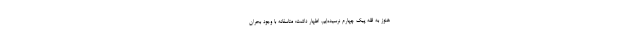
هنوز به قله پیک چهارم نرسیده‌ایم، اظهار داشت: متاسفانه با وجود بحران